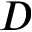
D